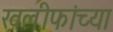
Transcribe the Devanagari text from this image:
खलीफांच्या